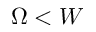
\Omega < W